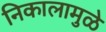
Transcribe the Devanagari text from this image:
निकालामुळे